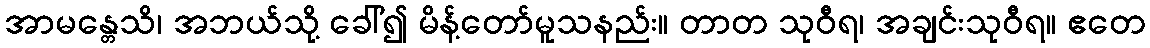
အာမန္တေသိ၊ အဘယ်သို့ ခေါ်၍ မိန့်တော်မူသနည်း။ တာတ သုဝီရ၊ အချင်းသုဝီရ။ ဧတေ